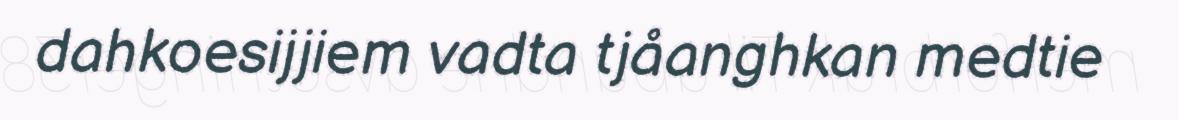
dahkoesijjiem vadta tjåanghkan medtie